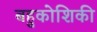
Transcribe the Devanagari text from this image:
बहुकोशिकी